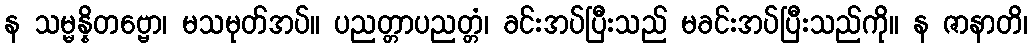
န သမ္မန္နိတဗ္ဗော၊ မသမုတ်အပ်။ ပညတ္တာပညတ္တံ၊ ခင်းအပ်ပြီးသည် မခင်းအပ်ပြီးသည်ကို။ န ဇာနာတိ၊